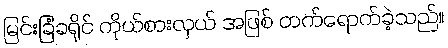
မြင်းခြံခရိုင် ကိုယ်စားလှယ် အဖြစ် တက်ရောက်ခဲ့သည်။